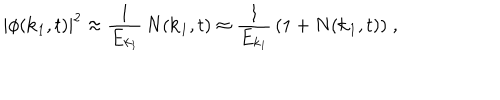
LaTeX: | \phi ( { \bf k } _ { 1 } , t ) | ^ { 2 } \approx \frac { 1 } { E _ { k _ { 1 } } } \, N ( { \bf k } _ { 1 } , t ) \approx \frac { 1 } { E _ { k _ { 1 } } } \, ( 1 + N ( { \bf k } _ { 1 } , t ) ) \; ,